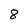
Character: 8